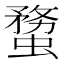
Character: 𧎻